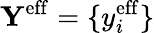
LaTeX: \mathbf{Y}^{\mathrm{eff}}=\{ y_{i}^{\mathrm{eff}}\}